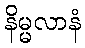
နိမ္မလာနံ